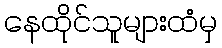
နေထိုင်သူများထံမှ